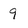
Character: 9